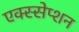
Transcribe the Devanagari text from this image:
एक्स्सेप्शन